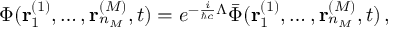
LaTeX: \Phi ( { \bf r } _ { 1 } ^ { ( 1 ) } , \ldots , { \bf r } _ { n _ { M } } ^ { ( M ) } , t ) = e ^ { - \frac { i } { \hbar c } \Lambda } \bar { \Phi } ( { \bf r } _ { 1 } ^ { ( 1 ) } , \ldots , { \bf r } _ { n _ { M } } ^ { ( M ) } , t ) \, ,